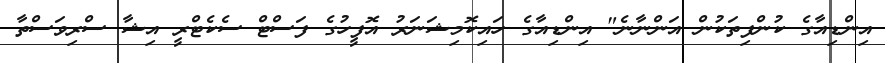
އިންޑިއާގެ ކުންފިތަކުން އަންނާނެ" އިންޑިއާގެ ހައިކޮމިޝަނަރު އޮފީހުގެ ފަސްޓް ސެކެޓްރީ އިޝާ ސްރިވަސްތާ